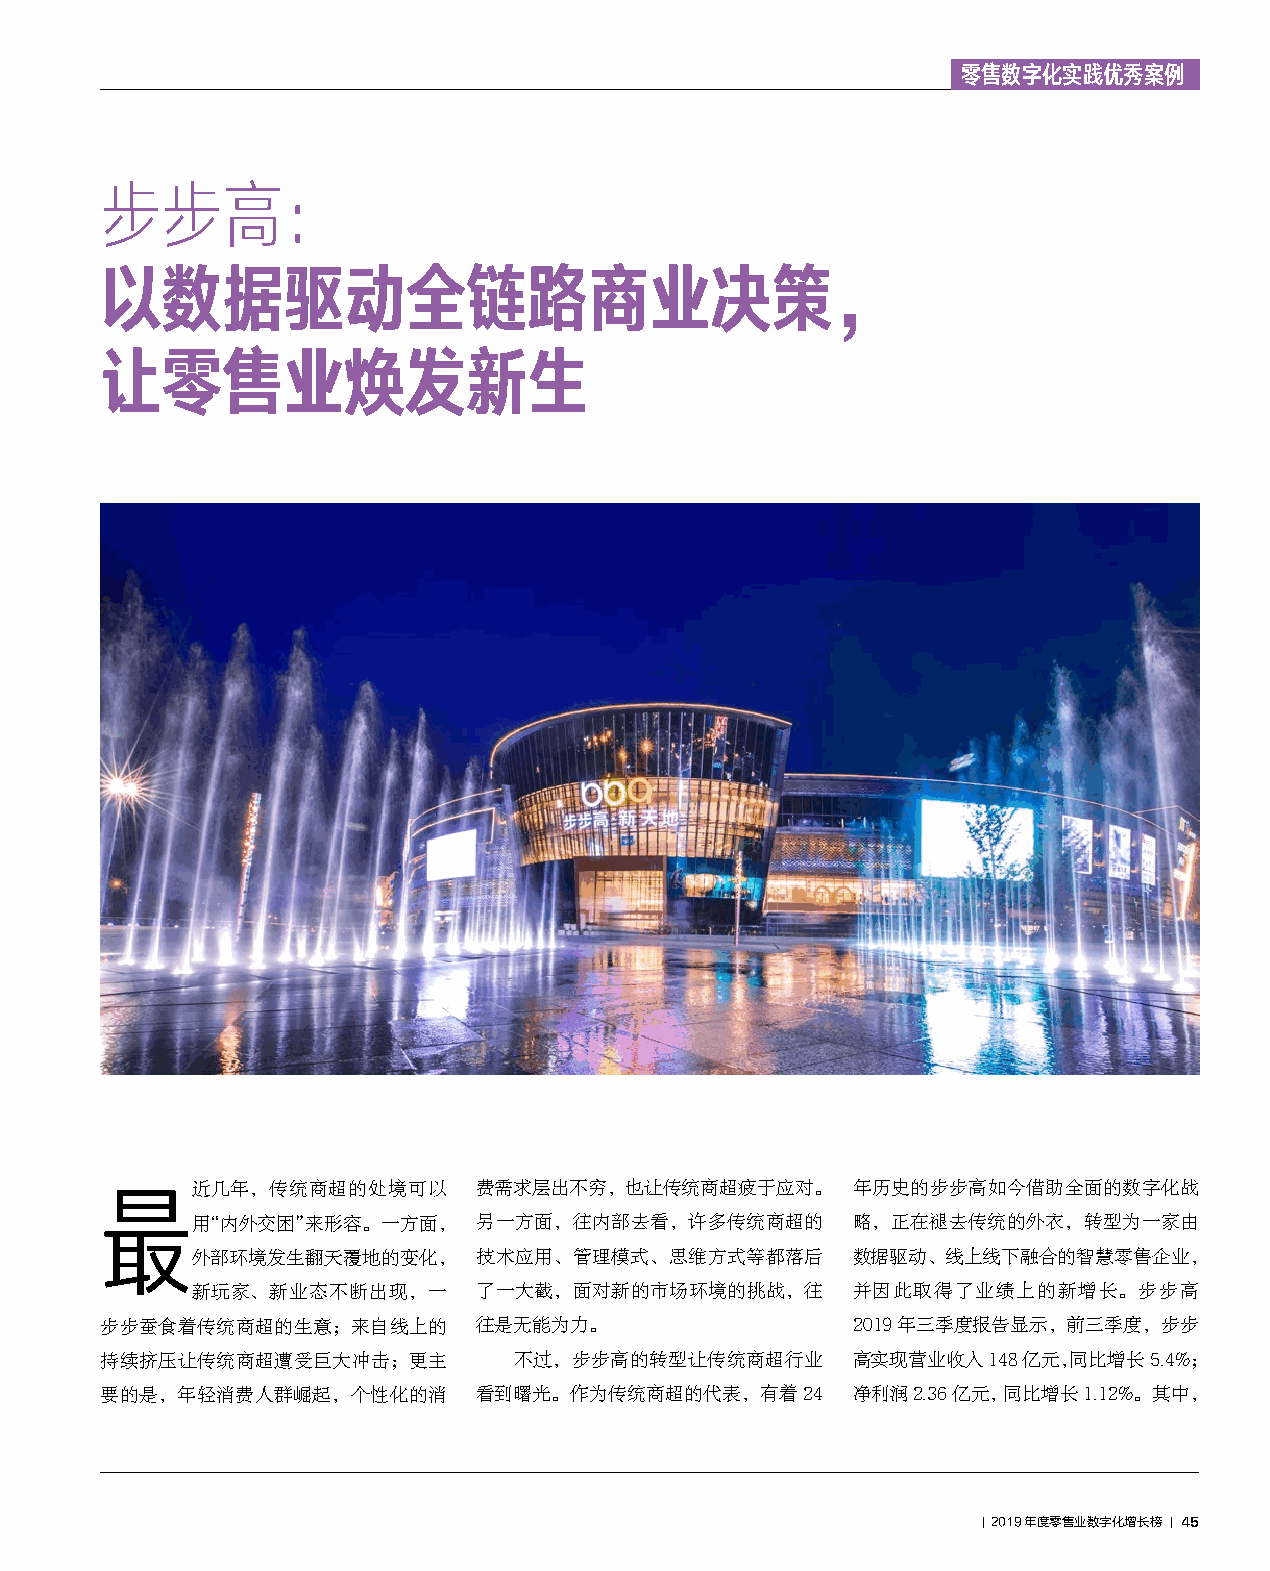
零售数字化实践优秀案例
 步步高：
 以数据驱动全链路商业决策，
 让零售业焕发新生
 近几年，传统商超的处境可以      费需求层出不穷，也让传统商超疲于应对。     年历史的步步高如今借助全面的数字化战
 最
 用“内外交困”来形容。一方面，    另一方面，往内部去看，许多传统商超的      略，正在褪去传统的外衣，转型为一家由
 外部环境发生翻天覆地的变化，     技术应用、管理模式、思维方式等都落后      数据驱动、线上线下融合的智慧零售企业，
 新玩家、新业态不断出现，一      了一大截，面对新的市场环境的挑战，往      并因此取得了业绩上的新增长。步步高
 步步蚕食着传统商超的生意；来自线上的       往是无能为力。                 2019年三季度报告显示，前三季度，步步
 持续挤压让传统商超遭受巨大冲击；更主         不过，步步高的转型让传统商超行业      高实现营业收入148亿元，同比增长5.4%；
 要的是，年轻消费人群崛起，个性化的消       看到曙光。作为传统商超的代表，有着24     净利润2.36亿元，同比增长1.12%。其中，
 ｜ 2019年度零售业数字化增长榜 ｜ 45